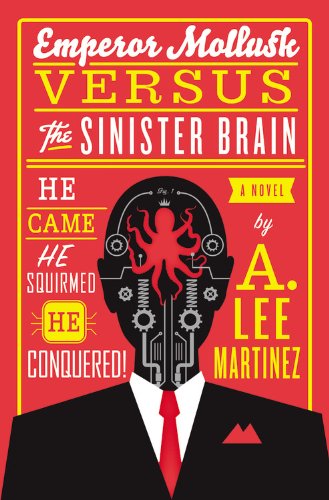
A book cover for Emperor Mollusk versus The Sinister Brain; A. Lee Martinez; Science Fiction & Fantasy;